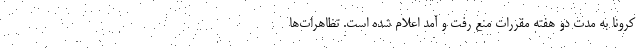
کرونا به مدت دو هفته مقررات منع رفت و آمد اعلام شده است. تظاهرات‌ها